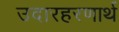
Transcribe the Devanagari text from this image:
उदारहरणार्थ